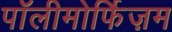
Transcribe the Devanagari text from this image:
पॉलीमोर्फिज़म